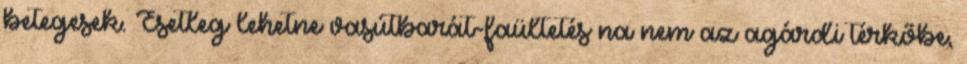
betegesek. Esetleg lehetne vasútbarát-faültetés na nem az agárdi térkőbe,